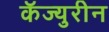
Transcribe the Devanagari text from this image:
कॅज्युरीन